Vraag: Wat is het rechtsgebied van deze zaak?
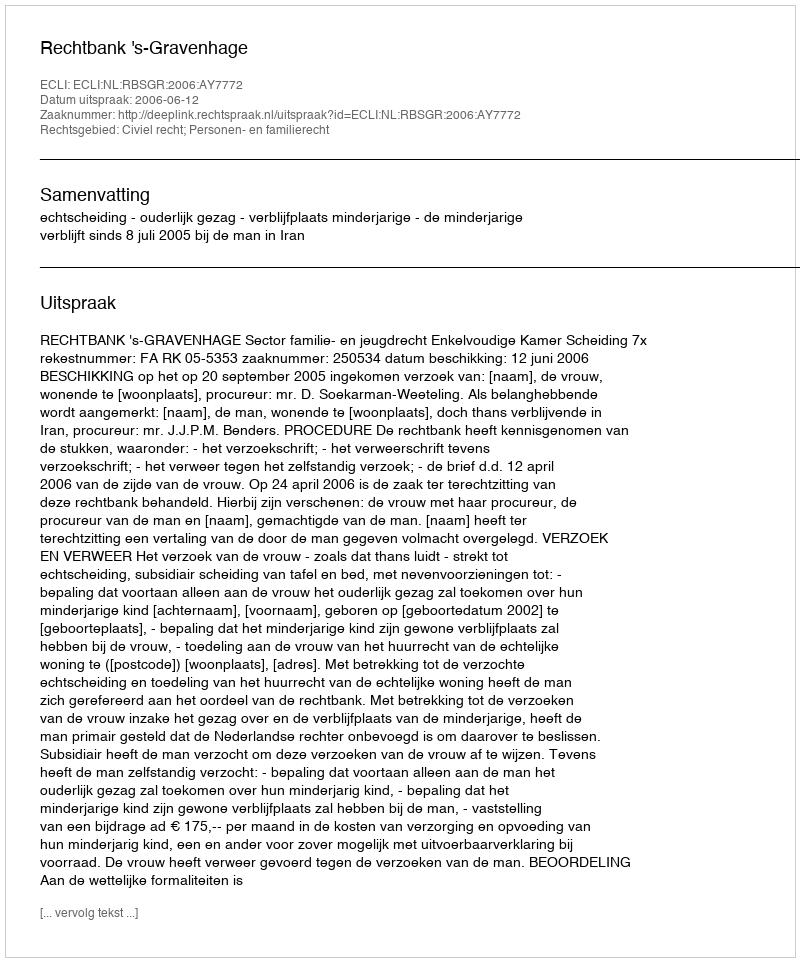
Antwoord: Civiel recht; Personen- en familierecht